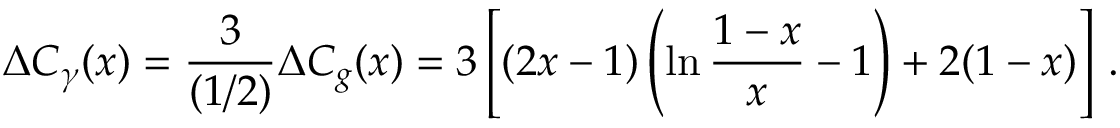
\Delta C _ { \gamma } ( x ) = \frac { 3 } { ( 1 / 2 ) } \Delta C _ { g } ( x ) = 3 \left[ ( 2 x - 1 ) \left( \ln \frac { 1 - x } { x } - 1 \right) + 2 ( 1 - x ) \right] \, .